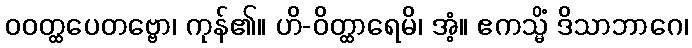
ဝဝတ္ထပေတဗ္ဗော၊ ကုန်၏။ ဟိ-ဝိတ္ထာရေမိ၊ အံ့။ ဧကသ္မိံ ဒိသာဘာဂေ၊